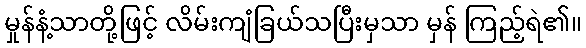
မှုန်နံ့သာတို့ဖြင့် လိမ်းကျံခြယ်သပြီးမှသာ မှန် ကြည့်ရဲ၏။